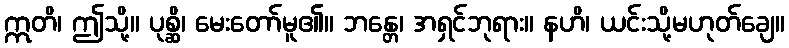
ဣတိ၊ ဤသို့။ ပုစ္ဆိ၊ မေးတော်မူ၏။ ဘန္တေ၊ အရှင်ဘုရား။ နဟိ၊ ယင်းသို့မဟုတ်ချေ။